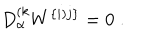
D _ { \alpha } ^ { ( k } W ^ { \{ i ) j \} } = 0 \; .